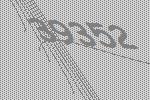
39352